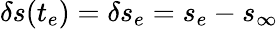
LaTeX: \delta s(t_{e})=\delta s_{e}=s_{e}-s_{\infty}